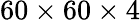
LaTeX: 60\times 60\times 4